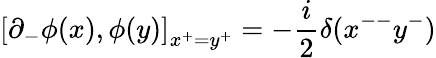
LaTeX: \left[\partial_{-}\phi(x),\phi(y)\right]_{x^{+}=y^{+}}=-\frac{i}{2}\delta(x^{--}y^{-})